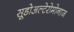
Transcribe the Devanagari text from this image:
सूडोअल्टेरोमोनाज